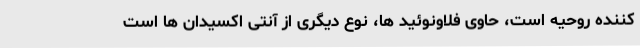
کننده روحیه است، حاوی فلاونوئید ها، نوع دیگری از آنتی اکسیدان ها است